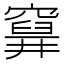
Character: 𥨗